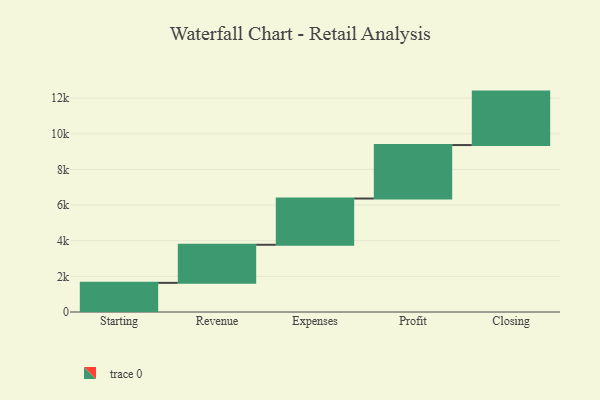
{"axis": {"x": "Step", "y": "Value"}, "legend": [""], "data": [{"x": "Starting", "y": 1636.0, "type": ""}, {"x": "Revenue", "y": 2137.0, "type": ""}, {"x": "Expenses", "y": 2595.0, "type": ""}, {"x": "Profit", "y": 3000, "type": ""}, {"x": "Closing", "y": 3000, "type": ""}]}